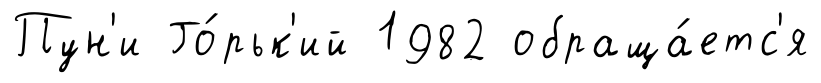
Пун'и Го́рьк'ий 1982 обраща́етс'я